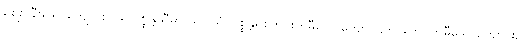
ဈေးပွဲနီးသောကျောင်း၎င်း။ ပစ္စန္တသီမာ သပ္ပါယံ၊ ပစ္စန္တရစ်တိုင်းကိုမှီသောကျောင်း,တိုင်းကြပ်ကိုမှီသောကျောင်း,